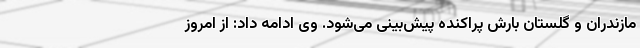
مازندران و گلستان بارش پراکنده پیش‌بینی می‌شود. وی ادامه داد: از امروز